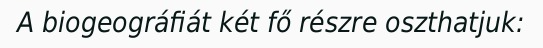
A biogeográfiát két fő részre oszthatjuk: